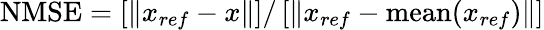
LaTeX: \mathrm{NMSE}=\left[\Vert x_{ref}-x\Vert\right]/\left[\Vert x_{ref}-\mathrm{mean}(x_{ref})\Vert\right]